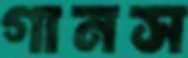
গানস